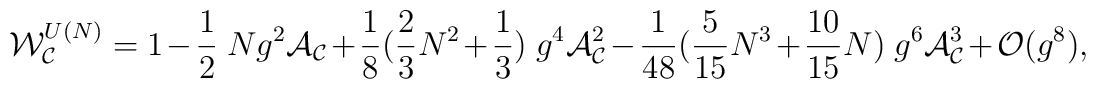
{\cal W}_{{\cal C}}^{U(N)}=1-\frac{1}{2}~N g^2 {\cal A}_{{\cal C}}+\frac{1}{8} (\frac{2}{3} N^2+ \frac{1}{3})~g^4 {\cal A}_{{\cal C}}^2-\frac{1}{48} (\frac{5}{15} N^3+ \frac{10}{15} N)~g^6 {\cal A}_{{\cal C}}^3 + {\cal O}(g^8),